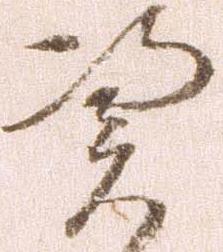
憑